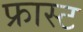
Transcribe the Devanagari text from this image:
फ्रास्ट